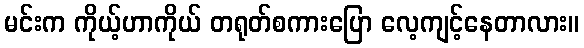
မင်းက ကိုယ့်ဟာကိုယ် တရုတ်စကားပြော လေ့ကျင့်နေတာလား။